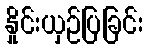
နှိုင်းယှဉ်ပြခြင်း